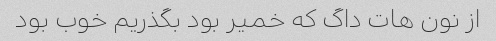
از نون هات داگ که خمیر بود بگذریم خوب بود